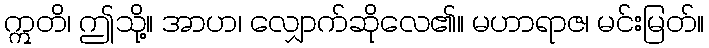
ဣတိ၊ ဤသို့။ အာဟ၊ လျှောက်ဆိုလေ၏။ မဟာရာဇ၊ မင်းမြတ်။